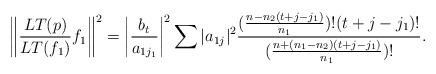
LaTeX: \begin{align*}\left\|\frac{LT(p)}{LT(f_1)} f_1\right\|^2 = \left|\frac{b_t}{a_{1j_1}}\right|^2 \sum |a_{1j}|^2 \frac{(\frac{n-n_2(t+j-j_1)}{n_1})!(t+j-j_1)!}{(\frac{n+ (n_1 - n_2)(t+j-j_1)}{n_1})!} .\end{align*}